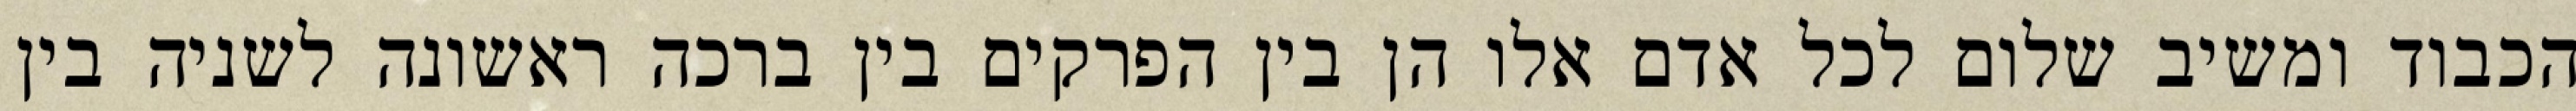
הכבוד ומשיב שלום לכל אדם אלו הן בין הפרקים בין ברכה ראשונה לשניה בין